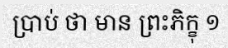
ប្រាប់ ថា មាន ព្រះភិក្ខុ ១